Lock hospitals Punjab
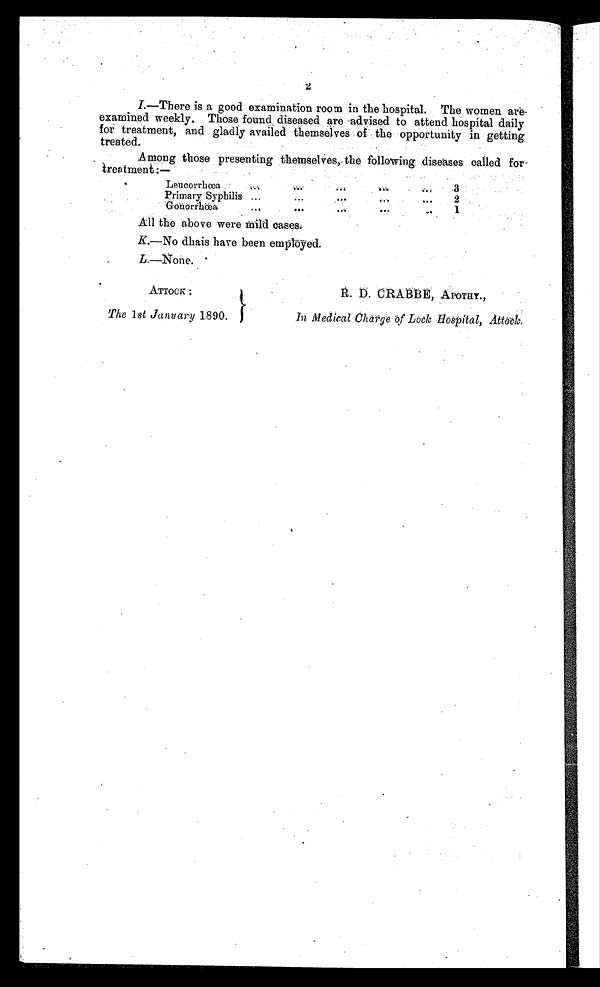
2
I.—There is a good examination room in the hospital. The women are-
examined weekly. Those found diseased are advised to attend hospital daily
for treatment, and gladly availed themselves of the opportunity in getting
treated.
Among those presenting themselves, the following diseases called for-
treatment:—
Leucorrhœa
. . .
. . .
. . .
. . .
. . .
3
Primary Syphilis ...
. . .
. . .
. . .
....
2
Gonorrhœa
. . .
. . .
....
. . .
. . .
1
All the above were mild cases.
K.—No dhais have been employed.
L.—None.
ATTOCK :
The 1 st January 1890.
R. D. CRABBE, APOTHY.,
In Medical Charge of Lock Hospital, Attock.